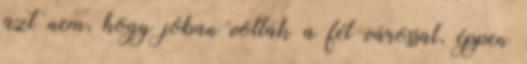
azt nem, hogy jóban voltak a fél várossal, éppen